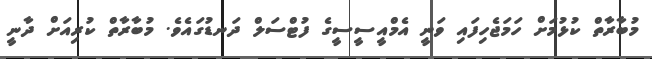
މުބާރާތް ކުޅުމަށް ހަމަޖެހިފައި ވަނީ އެމްއީސީސީގެ ފުޓްސަލް ދަނޑުގައެވެ. މުބާރާތް ކުރިއަށް ދާނީ